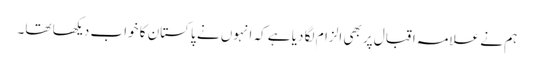
ہم نے علامہ اقبال پر بھی الزام لگا دیا ہے کہ انہوں نے پاکستان کا خواب دیکھا تھا۔